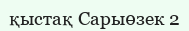
қыстақ Сарыөзек 2